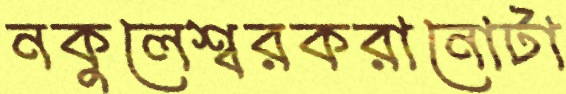
নকুলেশ্বরকরানোটা